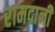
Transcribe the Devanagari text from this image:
रामदानी